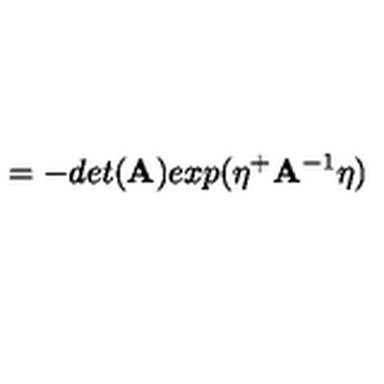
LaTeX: = - d e t ( \mathrm { \bf A } ) e x p ( \eta ^ { + } \mathrm { \bf A } ^ { - 1 } \eta )